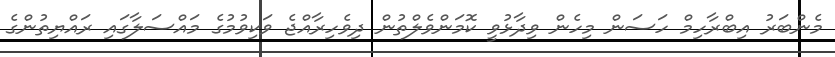
މެންބަރު އިބްރާހިމް ހަސަން މިހެން ވިދާޅުވީ ކޮމަންވެލްތުން ދިވެހިރާއްޖެ ވަކިވުމުގެ މައްސަލާގައި ރައްޔިތުންގެ